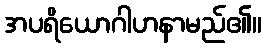
အပရိယောဂါဟနာမည်၏။